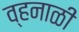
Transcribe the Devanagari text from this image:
व्हनाळी